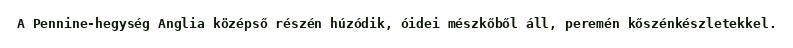
A Pennine-hegység Anglia középső részén húzódik, óidei mészkőből áll, peremén kőszénkészletekkel.